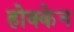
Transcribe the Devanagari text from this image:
होक्केन